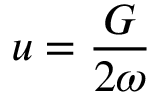
u = \frac { G } { 2 \omega }